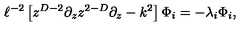
\ell ^ { - 2 } \left[ z ^ { D - 2 } \partial _ { z } z ^ { 2 - D } \partial _ { z } - k ^ { 2 } \right] \Phi _ { i } = - \lambda _ { i } \Phi _ { i } ,